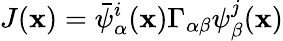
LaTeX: J(\mathbf{x})=\bar{{\psi}}_{\alpha}^{i}(\mathbf{x})\Gamma_{\alpha\beta}\psi_{\beta}^{j}(\mathbf{x})